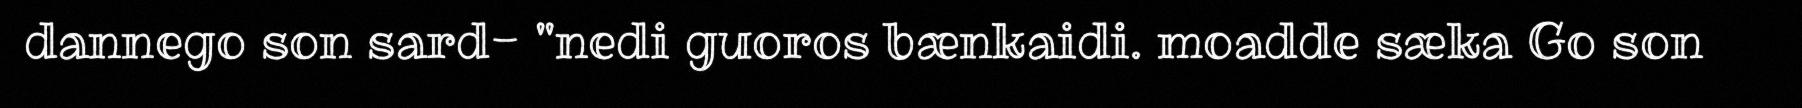
dannego son sard- "nedi guoros bænkaidi. moadde sæka Go son